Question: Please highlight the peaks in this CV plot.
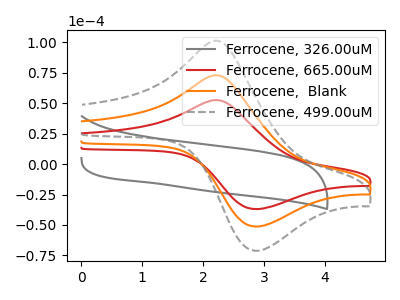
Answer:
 <answer>The gray curve "Ferrocene, 326.00uM" has no peaks. The red curve "Ferrocene, 665.00uM" has an anodic peak at (2.25V, 52.30uA) and a cathodic peak at (2.85V, -36.90uA). The orange curve "Ferrocene,  Blank" has an anodic peak at (2.25V, 72.60uA) and a cathodic peak at (2.85V, -51.25uA). The gray dashed curve "Ferrocene, 499.00uM" has an anodic peak at (2.25V, 145.15uA) and a cathodic peak at (2.85V, -102.50uA).</answer>
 <eval></eval>